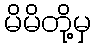
မိမိတို့မှ